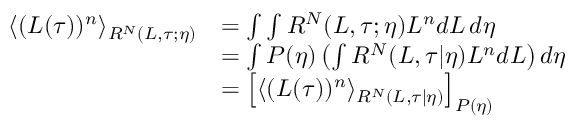
\begin{array} { r l } { \langle ( L ( \tau ) ) ^ { n } \rangle _ { R ^ { N } ( L , \tau ; \eta ) } } & { = \int \int R ^ { N } ( L , \tau ; \eta ) L ^ { n } d L \, d \eta } \\ & { = \int P ( \eta ) \left( \int R ^ { N } ( L , \tau | \eta ) L ^ { n } d L \right) d \eta } \\ & { = \left[ \langle ( L ( \tau ) ) ^ { n } \rangle _ { R ^ { N } ( L , \tau | \eta ) } \right] _ { P ( \eta ) } } \end{array}